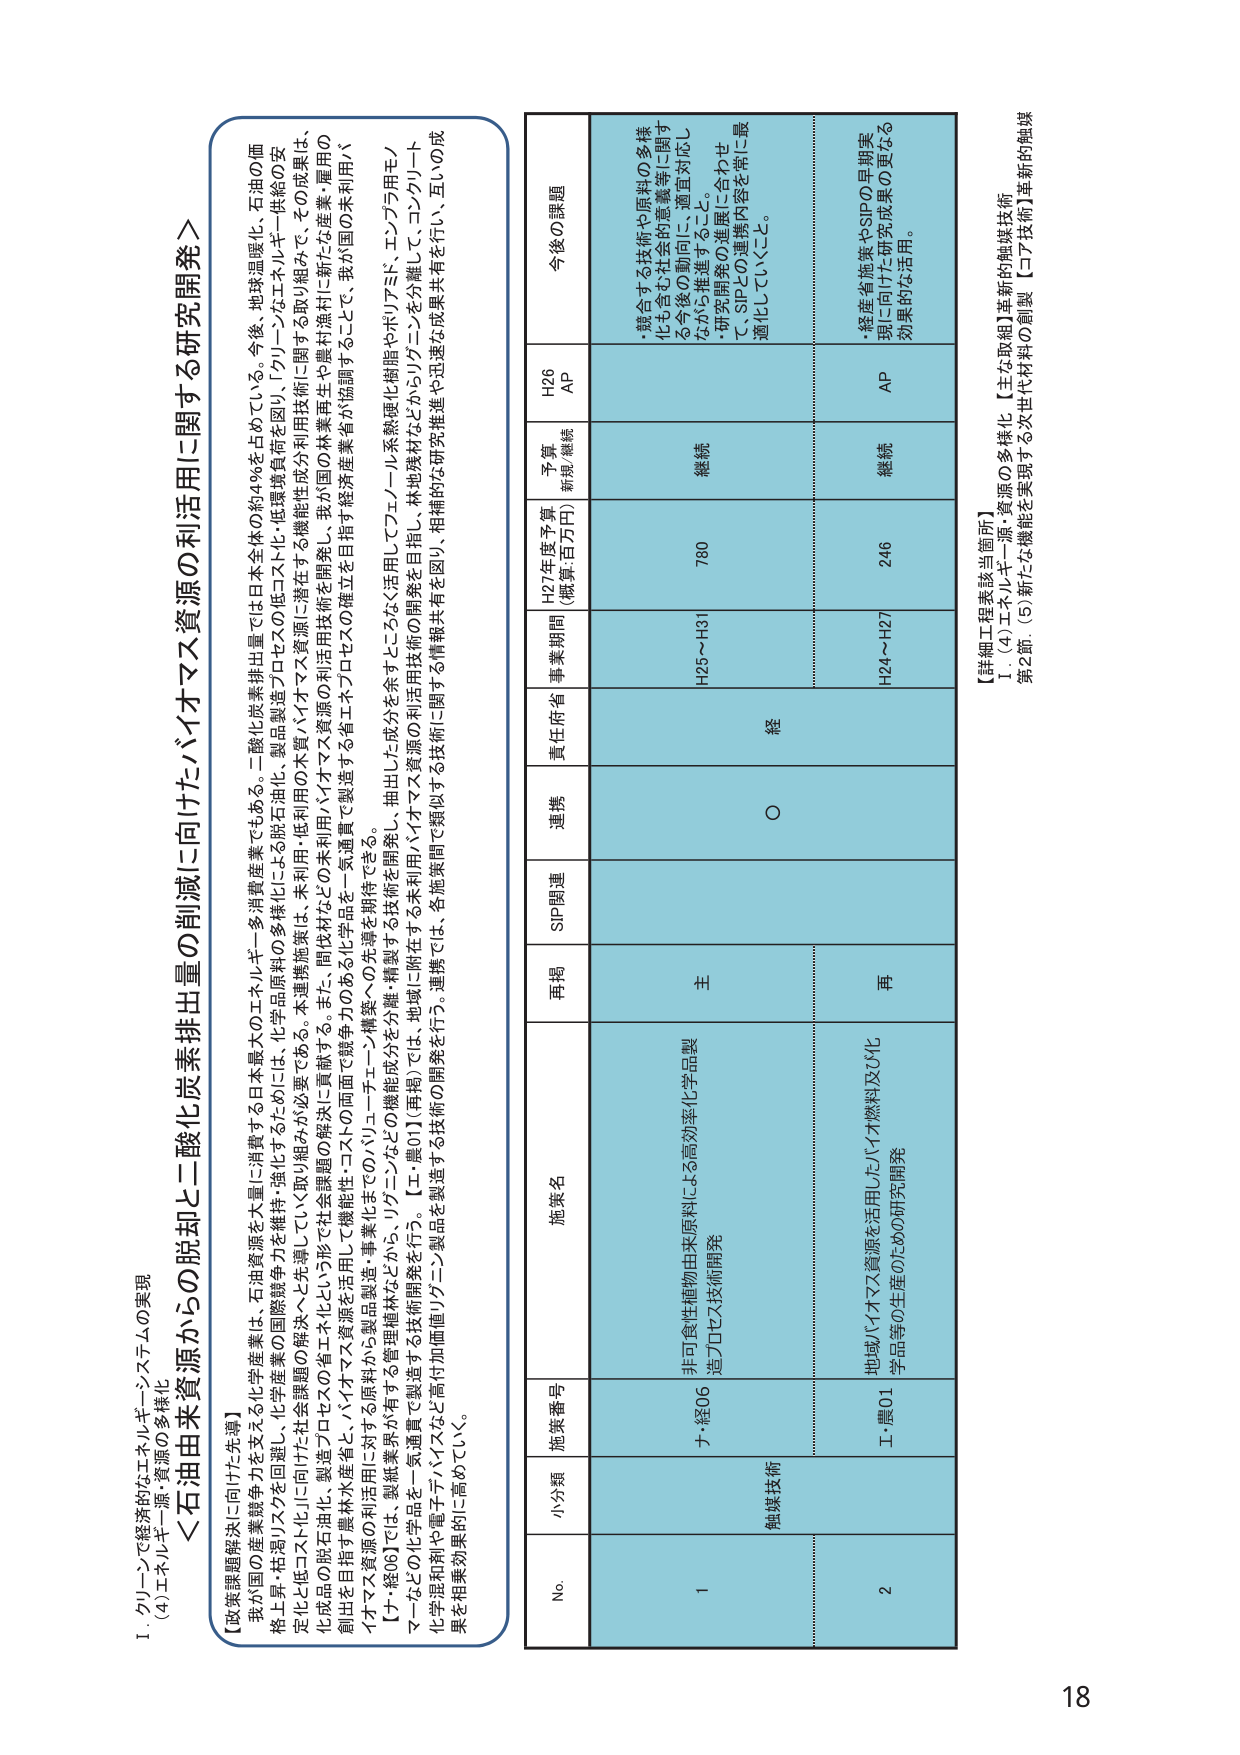
I. グリーンで経済的なエネルギーシステムの実現
(4) エネルギー源・資源の多様化

＜石油由来資源からの脱却と二酸化炭素排出量の削減に向けたバイオマス資源の利活用に関する研究開発＞

【政策課題解決に向けた先導】
我が国の産業競争力を支える化学産業は、石油資源を大量に消費する日本最大のエネルギー・多消費産業では日本全体の約4%を占めている。今後、地球温暖化、石油の価格上昇・相対リスクを回避し、化学産業の国際競争力を維持・強化するためには、化学品原料の多様化による脱石油化・製品製造プロセスの低コスト化・低環境負荷を図り、「グリーンなエネルギー供給の安定化と低コスト化」に向けた社会課題の解決へと先導していく必要がある。本連携施策は、未利用・低利用の木質・バイオマス資源に潜在する機能性成分利用技術に関する取り組みで、その成果は、化成品の脱石油化、製造プロセスの省エネルギー化に貢献する。また、間伐材などの未利用バイオマス資源の利活用技術を開発し、我が国の林業再生や農林漁村に新たな産業・雇用の創出を目指す農林水産省と、バイオマス資源を活用して機能性・コストの両面で競争力のある化学品を一気通貫で製造する省エネルギー化の確立を目指す経済産業省が協調することで、我が国の未利用バイオマス資源の利活用に対する原料から製品製造・事業化までの「バリューチェーン構築への先導を期待できる。

【ナ・経06】では、製紙業界が有する管理植林などから、リグニンなどの機能成分を分離・精製する技術を開発し、抽出した成分を余すことなく活用してフェノール系熱硬化樹脂やポリアミド、エンプラ用モノマーなどの化学品を一気通貫で製造する技術開発を行う。【工・農01】（再掲）では、地域に附在する未利用バイオマス資源を活用して、林地残材などからリグニンを分離して、コンクリート化学品和剤や電子デバイスなど高付加価値リグニン製品を製造する技術の開発を行う。連携では、各施策間で類似する技術に関する情報共有を図り、相補的な研究推進や迅速な成果共有を行い、互いの成果を相乗効果的に高めていく。

No. 小分類 施策番号 施策名 再掲 SIP関連 連携 責任府省 事業期間 H27年度予算 (概算:百万円) 予算 (新規/継続) H26 AP 今後の課題
1 触媒技術 ナ・経06 非可燃性植物由来原料による高効率化学品製造プロセス技術開発 主 ○ H25～H31 780 継続
・競合する技術や原料の多様化も含む社会的意義等に関する今後の動向に適宜対応しながら推進すること。
・研究開発の進展に合わせて、SIPとの連携内容を常に最適化していくこと。
2 工・農01 地域バイオマス資源を活用したバイオ燃料及び化学品等の生産のための研究開発 再 H24～H27 246 継続 AP
・経産省施策やSIPの早期実現に向けた研究成果の更なる効果的な活用。

【詳細工程表該当箇所】
Ⅰ．(4) エネルギー源・資源の多様化 【主な取組】革新的触媒技術
第2節．(5) 新たな機能を実現する次世代材料の創製【コア技術】革新的触媒

18